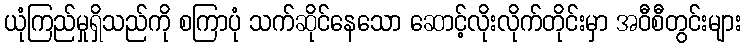
ယုံကြည်မှုရှိသည်ကို စကြာပုံ သက်ဆိုင်နေသော ဆောင့်လိုးလိုက်တိုင်းမှာ အဝီစီတွင်းများ